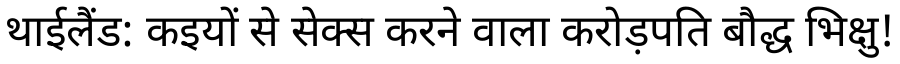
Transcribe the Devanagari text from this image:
थाईलैंड: कइयों से सेक्स करने वाला करोड़पति बौद्ध भिक्षु!